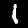
Digit: 1